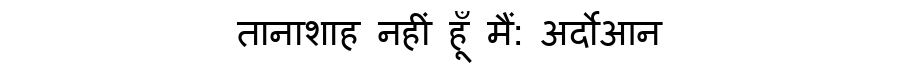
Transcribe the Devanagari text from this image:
तानाशाह नहीं हूँ मैं: अर्दोआन